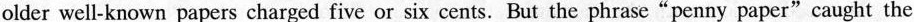
older well-known papers charged five or six cents. But the phrase“penny paper"caught the